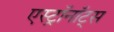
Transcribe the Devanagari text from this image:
एस्ट्राॅनाॅट्स